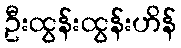
ဦးထွန်းထွန်းဟိန်